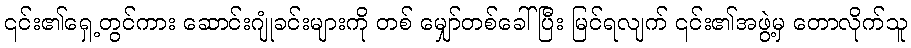
၎င်း၏ရှေ့တွင်ကား ဆောင်းဂျုံခင်းများကို တစ် မျှော်တစ်ခေါ်ပြီး မြင်ရလျက် ၎င်း၏အဖွဲ့မှ တောလိုက်သူ